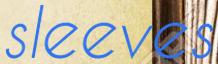
sleeves